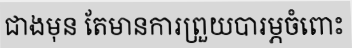
ជាងមុន តែមានការព្រួយបារម្ភចំពោះ